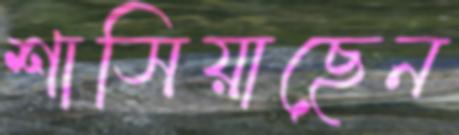
শাসিয়াছেন